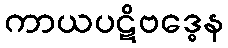
ကာယပဋိဗဒ္ဓေန